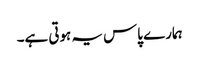
ہمارے پاس یہ ہوتی ہے۔